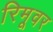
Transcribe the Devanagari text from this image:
रिमूवर